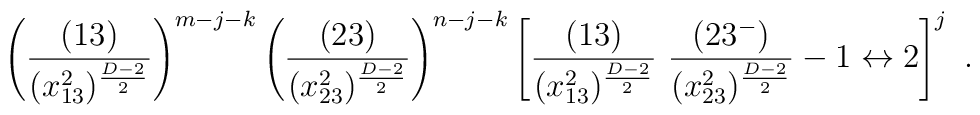
\left(\frac{(13)}{(x^2_{13})^{\frac{D-2}{2}}} \right)^{m-j-k}  \left(\frac{(23)}{(x^2_{23})^{\frac{D-2}{2}}} \right)^{n-j-k}  \left[\frac{(13)}{(x^2_{13})^{\frac{D-2}{2}}}\ \frac{(23^-)}{(x^2_{23})^{\frac{D-2}{2}}}  - 1 \leftrightarrow 2 \right]^j  \ .